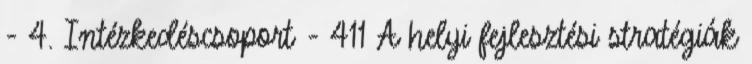
- 4. Intézkedéscsoport - 411 A helyi fejlesztési stratégiák